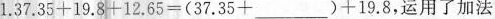
1. $$3 7 . 3 5 + 1 9 . 8 + 1 2 . 6 5 = ( 3 7 . 3 5 + ___ )+ 1 9 . 8$$，运用了加法